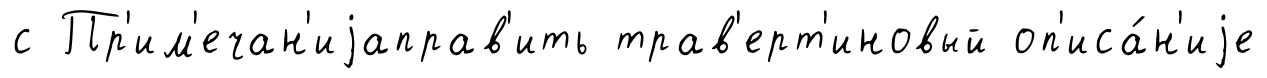
с Пр'им'ечан'иjаправ'ить трав'ерт'иновый оп'иса́н'иjе